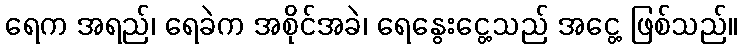
ရေက အရည်၊ ရေခဲက အစိုင်အခဲ၊ ရေနွေးငွေ့သည် အငွေ့ ဖြစ်သည်။